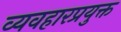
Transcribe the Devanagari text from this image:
व्यवहारप्रयुक्त